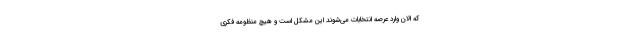
که الان وارد عرصه انتخابات می‌شوند این مشکل است و هیچ منظومه فکری